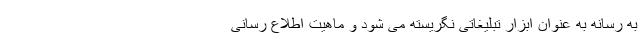
به رسانه به عنوان ابزار تبلیغاتی نگریسته می شود و ماهیت اطلاع رسانی